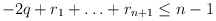
\begin{align*}-2q + r_1 + \ldots + r_{n+1} \le n-1\end{align*}